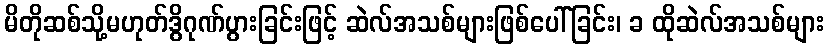
မိတိုဆစ်သို့မဟုတ်ဒွိဂုဏ်ပွားခြင်းဖြင့် ဆဲလ်အသစ်များဖြစ်ပေါ်ခြင်း၊ ခ ထိုဆဲလ်အသစ်များ